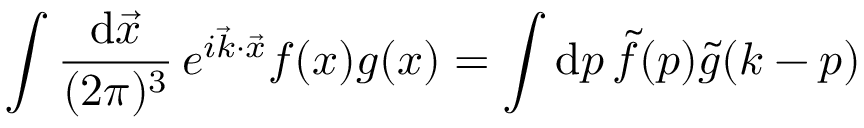
\int \frac { \mathrm { d } \vec { x } } { ( 2 \pi ) ^ { 3 } } \, e ^ { i \vec { k } \cdot \vec { x } } f ( \boldsymbol { x } ) g ( \boldsymbol { x } ) = \int \mathrm { d } \boldsymbol { p } \, \widetilde { f } ( \boldsymbol { p } ) \widetilde { g } ( \boldsymbol { k } - \boldsymbol { p } )